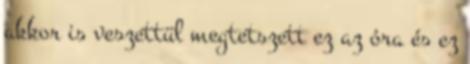
akkor is veszettül megtetszett ez az óra és ez